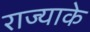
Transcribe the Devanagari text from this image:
राज्याके